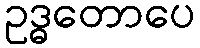
ဥဒ္ဓတောပေ